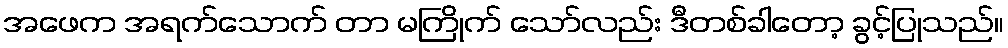
အဖေက အရက်သောက် တာ မကြိုက် သော်လည်း ဒီတစ်ခါတော့ ခွင့်ပြုသည်။